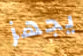
يجهز